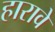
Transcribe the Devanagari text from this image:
हारावे